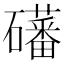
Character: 𪿾